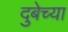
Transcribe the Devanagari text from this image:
दुबेच्या